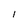
Character: I